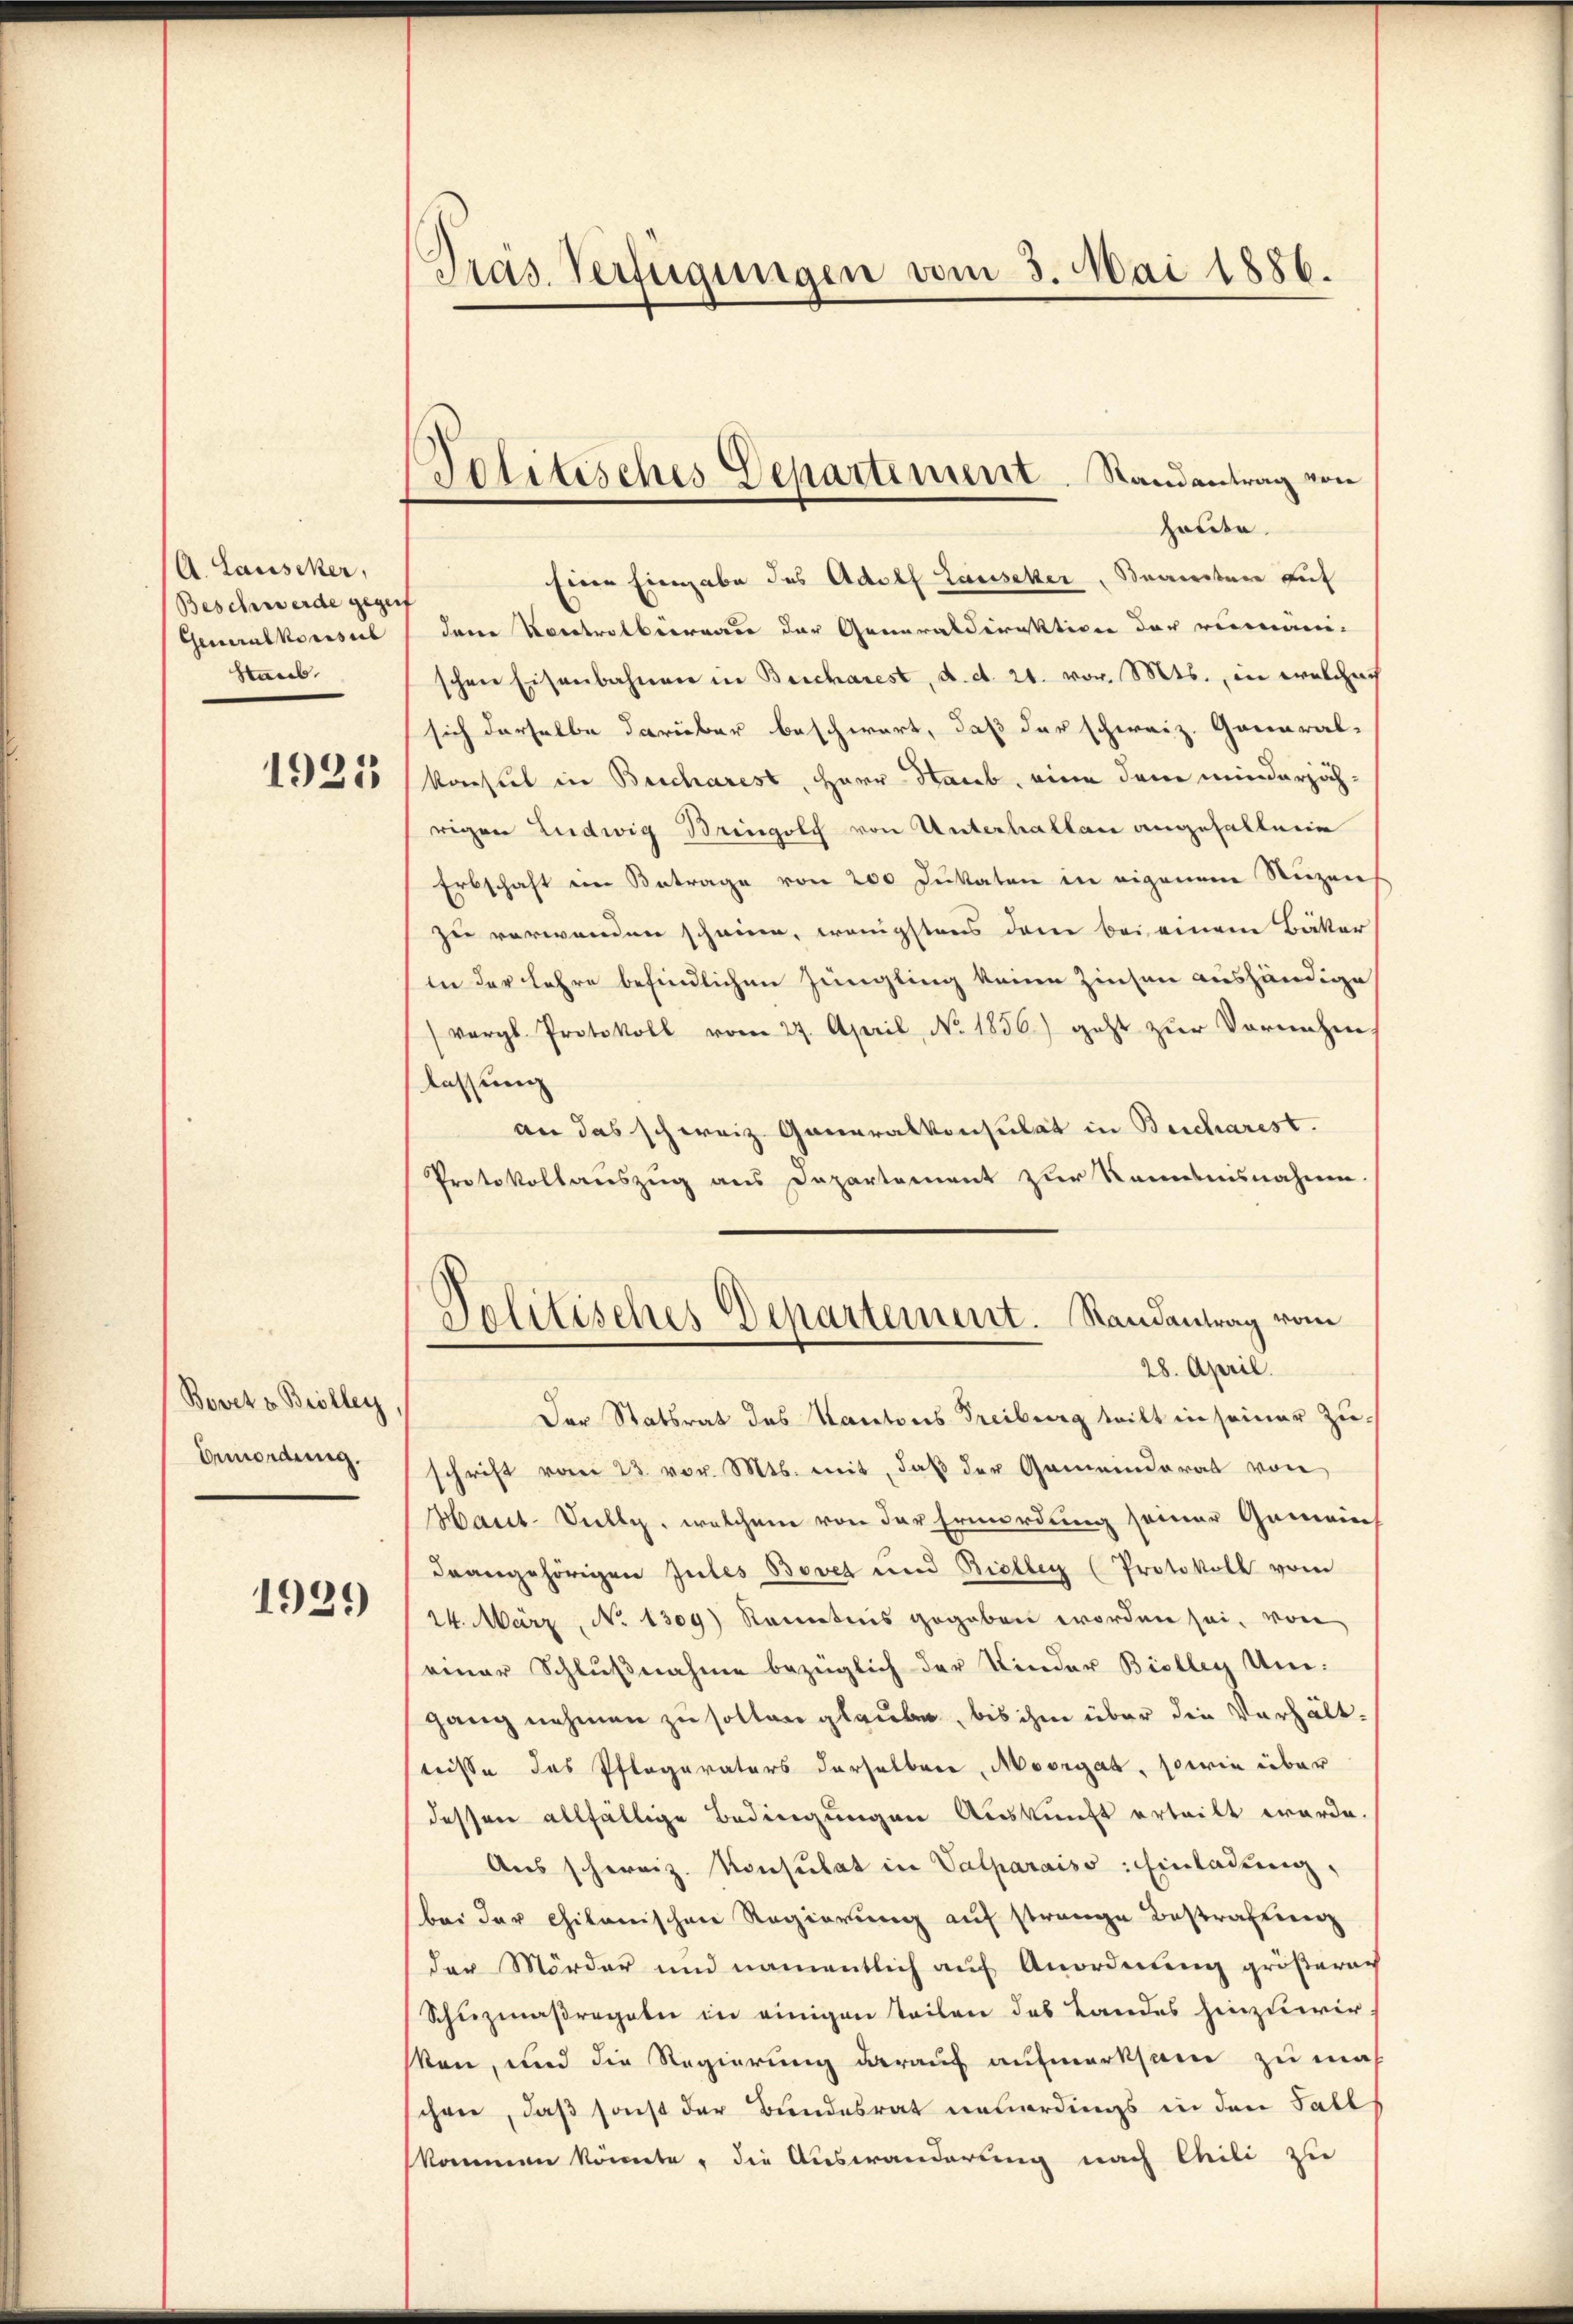
(A. Lauscker,
Beschwerde gegenf
Generalkonsul
Staub.

1925

Bovet z Brolleg
Bemordung.

1929

Präs. Verfügungen vom 3. Mai 1886.

Jolitisches Departiment. Randantrag von
hatte.

Eine Eingabe des Adolf Hauseker, Beamter auf
dere Vortretberaus der Generaldirektion der reinini-
schen Eisenbahnen in Bescharest, d. d. 21. vor. Mts., in welcher
sich derselbe darüber beschwert, daß der schweiz. General-
Konsul in Bescharest, Herr Staub, eine dem minderzöchrigen Ludwig Bringolf von Unterhalten angefallein
Erbschaft im Betrage von 200 Dukaten in eigenen Nuzen
zu verwenden scheine, wenigstens dem bei einem Bäker
in der Lehre befindlichen Jüngling keine Zinsen aushändige
(vergl. Protokoll vom 27. April, No. 1856.) geht zŭr Vornehm.
lassung
an das schweiz. Generalkonsulat in Beicharest.
Protokollauszug aus Departement zur Kenntnisnahme.
Delitisches Departement. Randantrag vom
28. April.
Der Statsrat des Kantons Freiburg teilt in seiner Zu-
schrift vom 23. vor. Mts. mit, daß der Gemeinderat von
Haut-Sully, welchem von der Ermordung seiner Gemeins
deangehörigen Jules Bovet und Biolleg (Protokoll vom
24. März, No 1309) Kenntnis gegeben worden sei, von
einer Schlußnahme bezüglich der Kinder Biolleg Ungang nehmen zu sollen glaube, bis ihm über die Verhält-
trisse das Pflegarators derselben, Moorgat, sowie über
dessen allfällige Bedingungen Auskunft erteilt werde.
Aus schweiz. Konsulat in Valparaiss: Einladung,
bei der citanischen Regierung auf strange Bestraftung
der Mörder und namentlich auf Anordnung größerech
Schuzmaßregeln in einigen Teilen des Landes hinzuwirken, und die Regierung darauf aufmerksam zu mach
schwer, daß sonst der Bundesrat neuerdings in den Fall
kommen könnte, die Auswanderung nach Chili zu